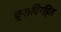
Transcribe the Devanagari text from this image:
चुनाविरहित